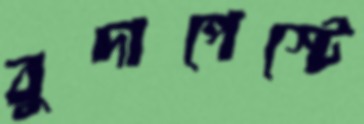
বুদাপেস্টে